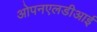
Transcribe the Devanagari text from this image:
ओपनएलडीआई